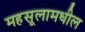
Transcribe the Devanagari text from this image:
महसूलामधील